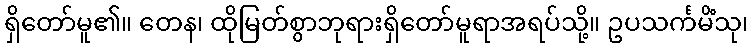
ရှိတော်မူ၏။ တေန၊ ထိုမြတ်စွာဘုရားရှိတော်မူရာအရပ်သို့။ ဥပသင်္ကမိံသု၊